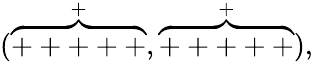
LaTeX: (\stackrel{+}{\overbrace{+++++}},\stackrel{+}{\overbrace{+++++}})\mathrm{,}